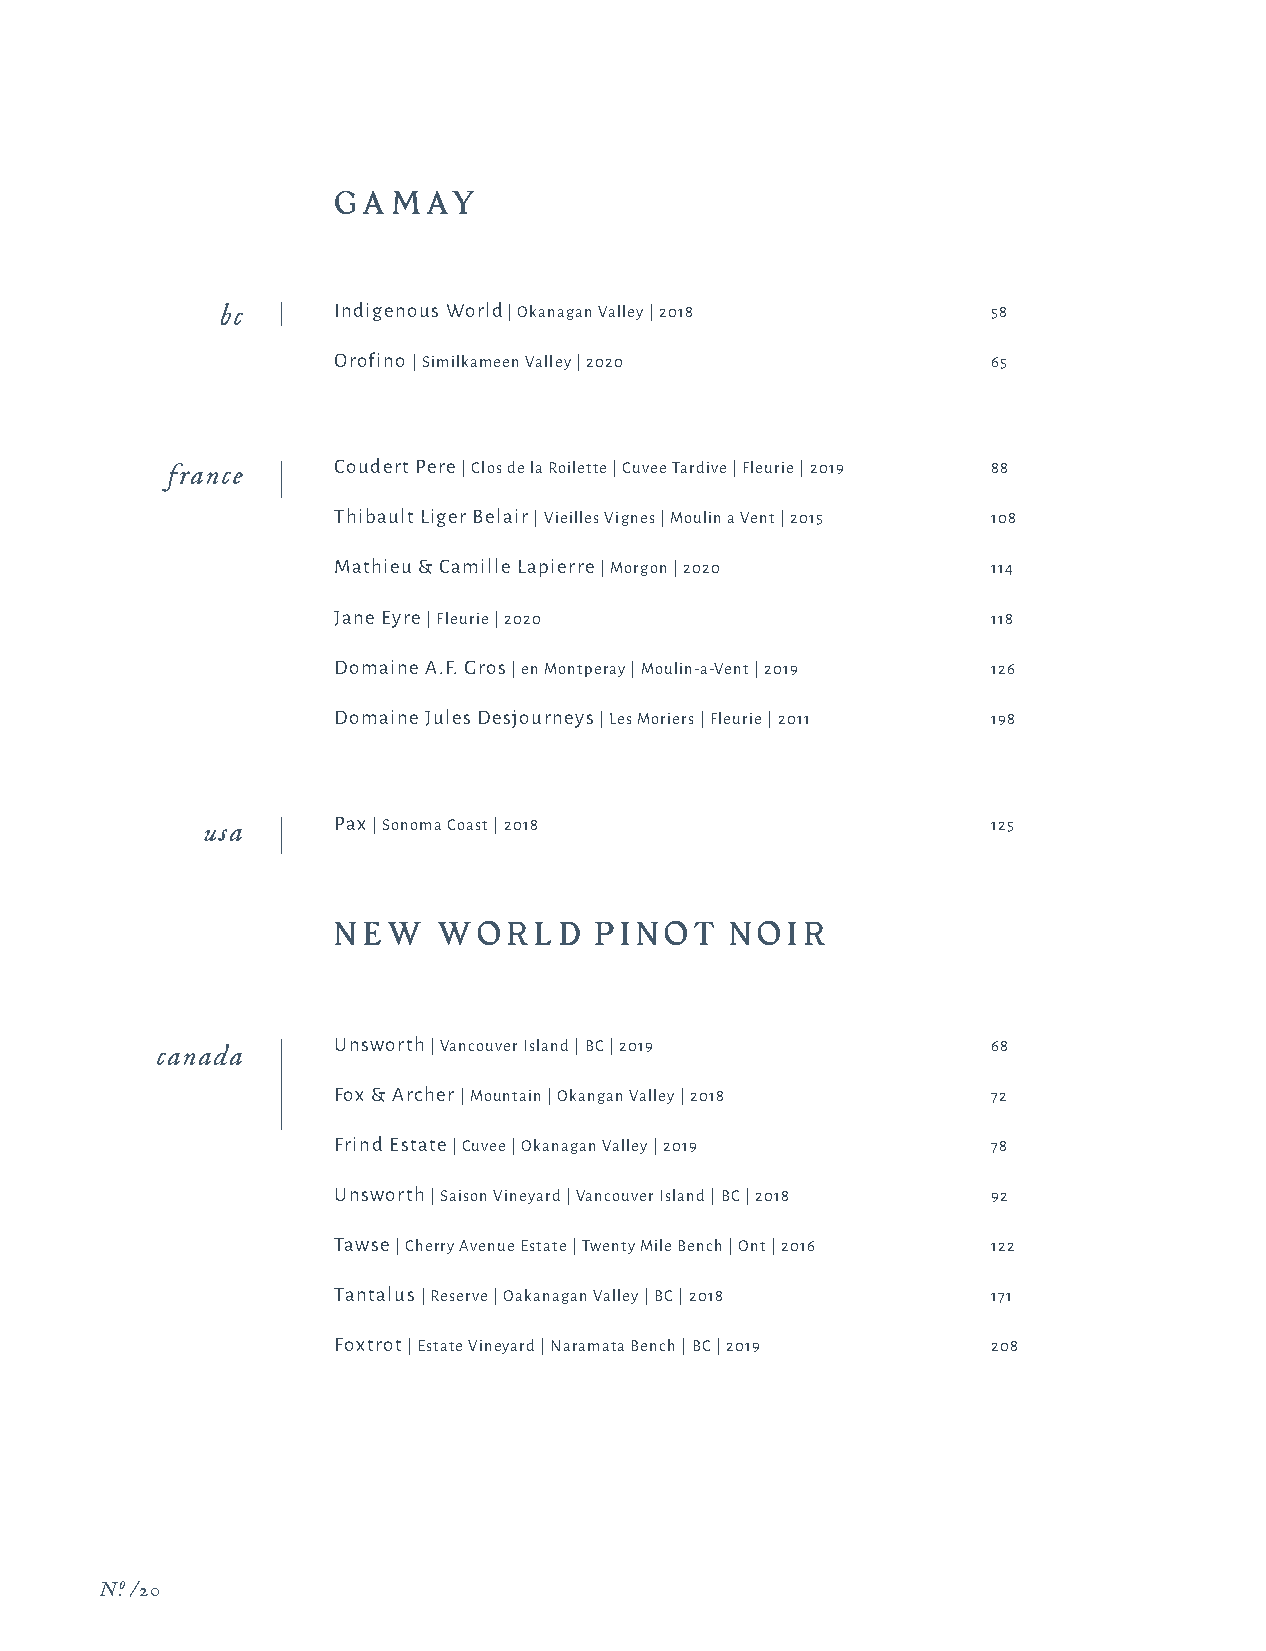
GA  M AY
 bc     Indigenous World | Okanagan Valley | 2018   58
 Orofino | Similkameen Valley | 2020         65
 france     Coudert Pere | Clos de la Roilette | Cuvee Tardive | Fleurie | 2019 88
 Thibault Liger Belair | Vieilles Vignes | Moulin a Vent | 2015 108
 Mathieu & Camille Lapierre | Morgon | 2020  114
 Jane Eyre | Fleurie | 2020                  118
 Domaine A.F. Gros | en Montperay | Moulin-a-Vent | 2019 126
 Domaine Jules Desjourneys | Les Moriers | Fleurie | 2011 198
 usa      Pax | Sonoma Coast | 2018                   125
 N E W  WOR   LD  PI N O T N OI R
 Unsworth | Vancouver Island | BC | 2019     68
 canada
 Fox & Archer | Mountain | Okangan Valley | 2018 72
 Frind Estate | Cuvee | Okanagan Valley | 2019 78
 Unsworth | Saison Vineyard | Vancouver Island | BC | 2018 92
 Tawse | Cherry Avenue Estate | Twenty Mile Bench | Ont | 2016 122
 Tantalus | Reserve | Oakanagan Valley | BC | 2018 171
 Foxtrot | Estate Vineyard | Naramata Bench | BC | 2019 208
 N.o /20